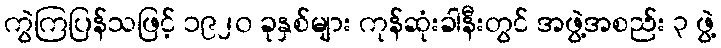
ကွဲကြပြန်သဖြင့် ၁၉၂၀ ခုနှစ်များ ကုန်ဆုံးခါနီးတွင် အဖွဲ့အစည်း ၃ ဖွဲ့